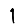
Digit: 1